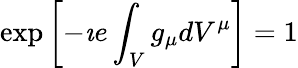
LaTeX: \exp\left[-\imath e\int_{V}g_{\mu}dV^{\mu}\right]=1